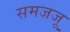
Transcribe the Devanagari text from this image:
समजजू